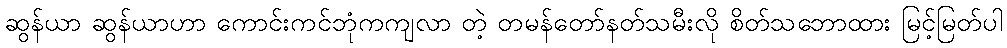
ဆွန်ယာ ဆွန်ယာဟာ ကောင်းကင်ဘုံကကျလာ တဲ့ တမန်တော်နတ်သမီးလို စိတ်သဘောထား မြင့်မြတ်ပါ